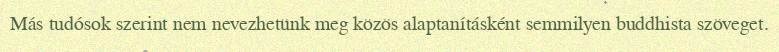
Más tudósok szerint nem nevezhetünk meg közös alaptanításként semmilyen buddhista szöveget.